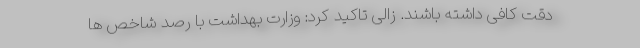
دقت کافی داشته باشند. زالی تاکید کرد: وزارت بهداشت با رصد شاخص ها